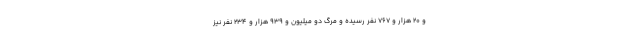
و ۲۰ هزار و ۷۶۷ نفر رسیده و مرگ دو میلیون و ۹۳۹ هزار و ۲۳۴ نفر نیز